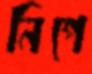
নিপে